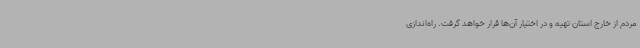
مردم از خارج استان تهیه و در اختیار آن‌ها قرار خواهد گرفت. راه‌اندازی